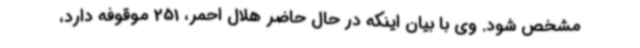
مشخص شود. وی با بیان اینکه در حال حاضر هلال احمر، 251 موقوفه دارد،